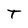
Character: T